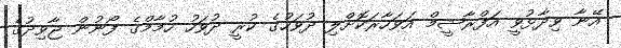
އޭނާ ވިދާޅުވީ އަފްރާޝީމް އަވަހާރަކޮށްލި ދުވަހުގެ ކުރީ ދުވަހު ހުމާމްގެ ފޯނުން ޖާވިދުގެ